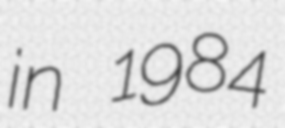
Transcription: in 1984